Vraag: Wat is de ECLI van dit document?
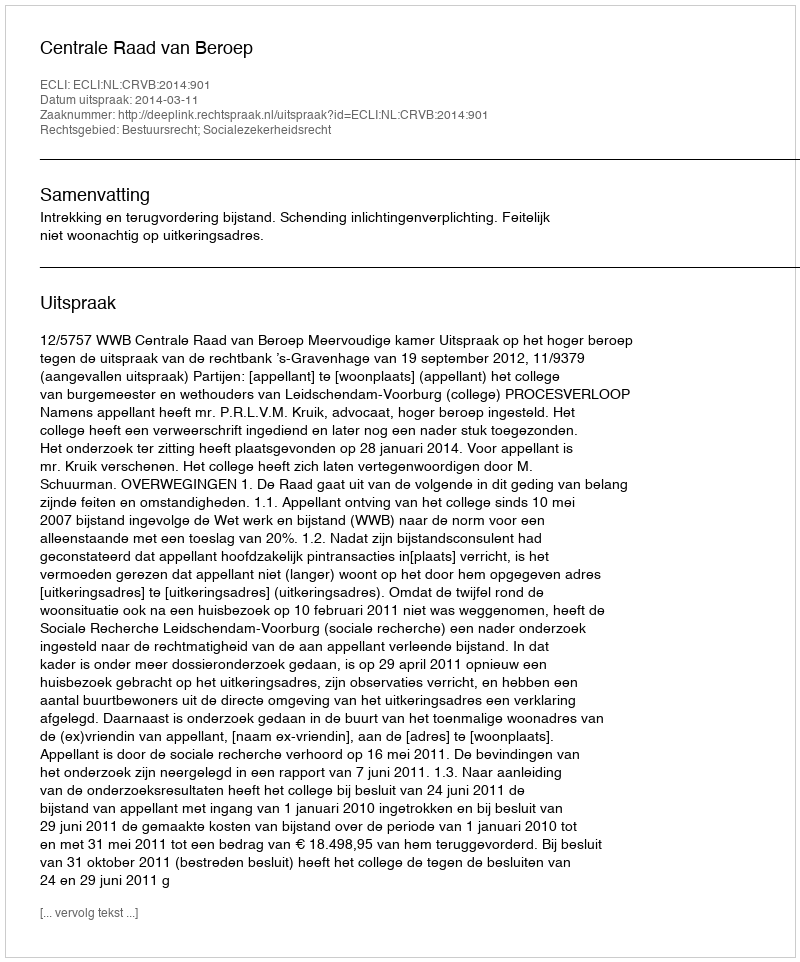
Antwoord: ECLI:NL:CRVB:2014:901